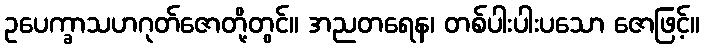
ဥပေက္ခာသဟဂုတ်ဇောတို့တွင်။ အညတရေန၊ တစ်ပါးပါးပသော ဇောဖြင့်။